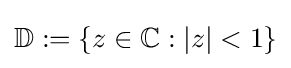
\mathbb {D} :=\{z\in \mathbb {C} :|z|<1\}